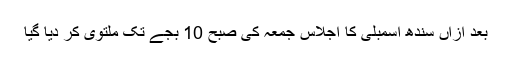
بعد ازاں سندھ اسمبلی کا اجلاس جمعہ کی صبح 10 بجے تک ملتوی کر دیا گیا